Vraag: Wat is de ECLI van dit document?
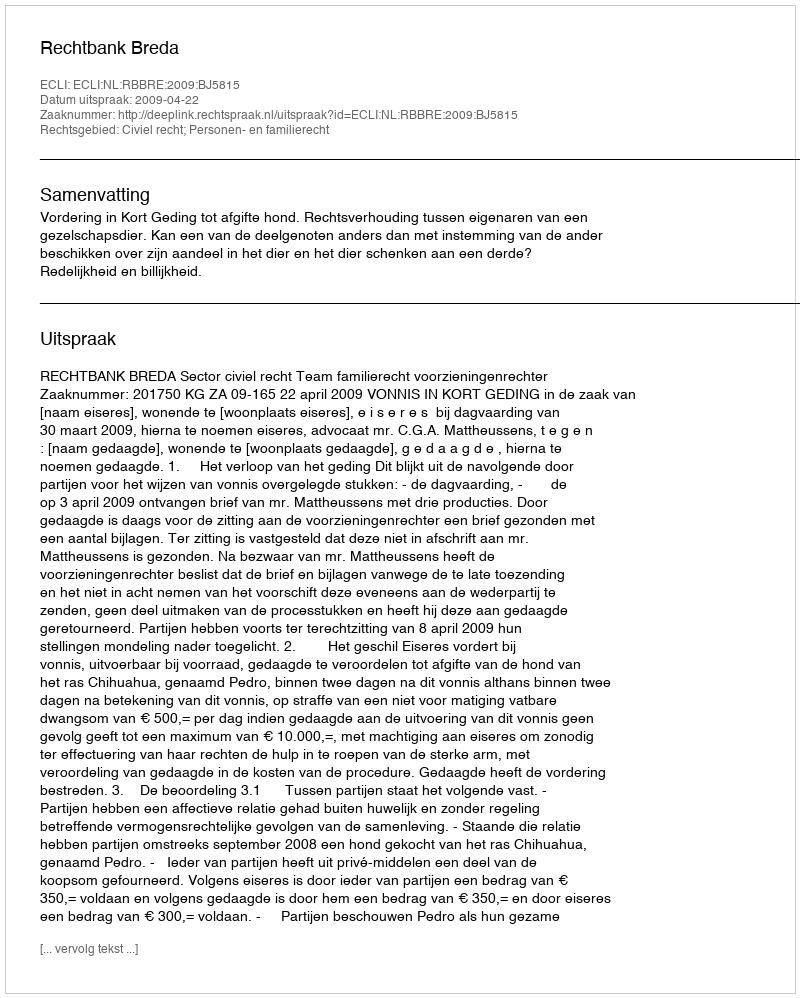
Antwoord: ECLI:NL:RBBRE:2009:BJ5815